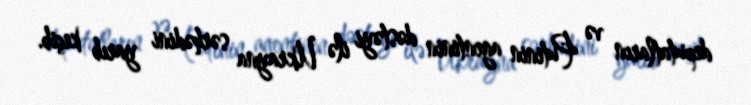
deputatların və Putinin agentinin dəstəyi ilə Ukrayna sərhədini yarıb keçib.